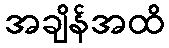
အချိန်အထိ